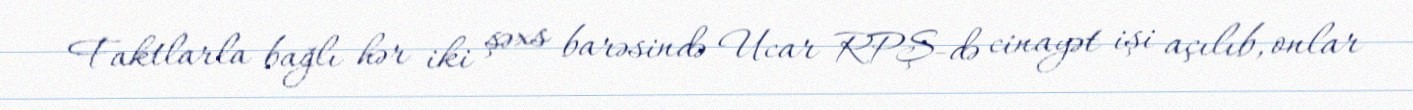
Faktlarla bağlı hər iki şəxs barəsində Ucar RPŞ-də cinayət işi açılıb, onlar